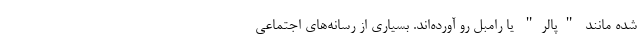
شده مانند "پالر" یا رامبل رو آورده‌اند. بسیاری از رسانه‌های اجتماعی